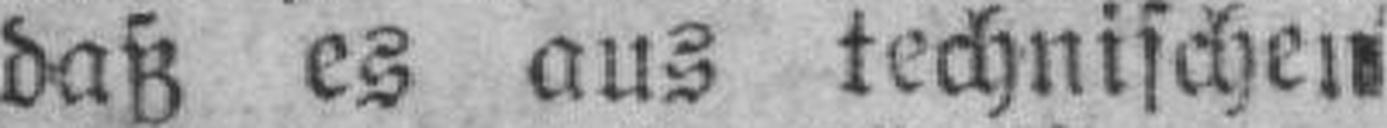
daß es aus technischen